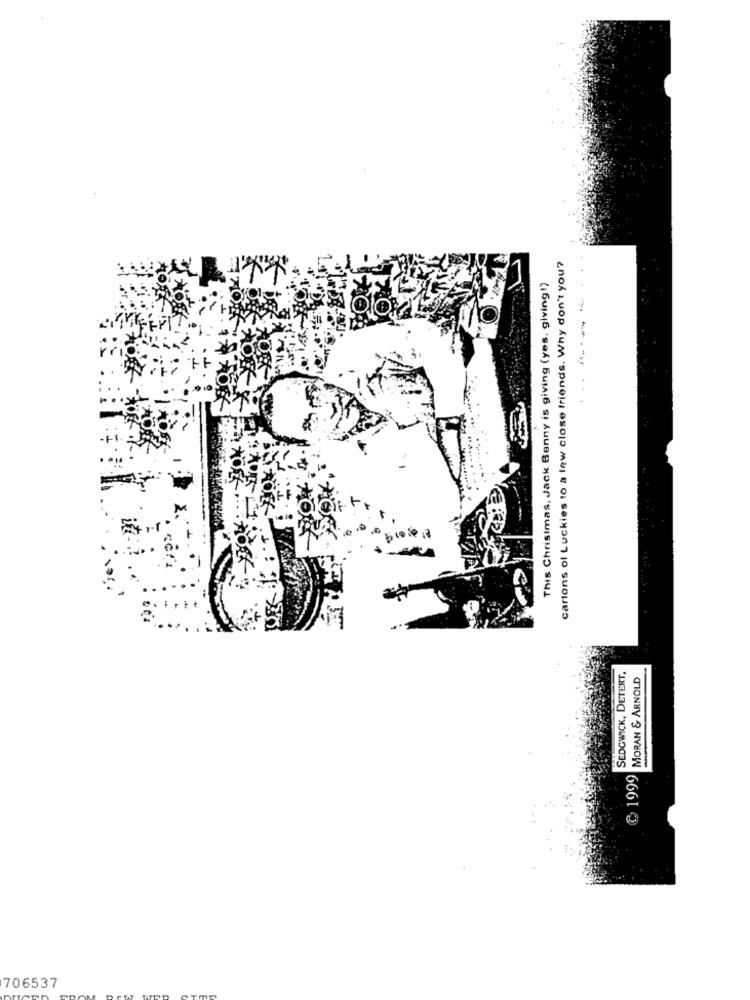
cartons of Luckies to a lew close friends. Why don't you?
-----
This Christmas, Jack Benny is giving (yes. giving!)
..
SEDGWICK, DETERT,
MORAN & ARNOLD
-
₾ 1999
706537